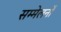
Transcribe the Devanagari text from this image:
सम्मेलनोँ